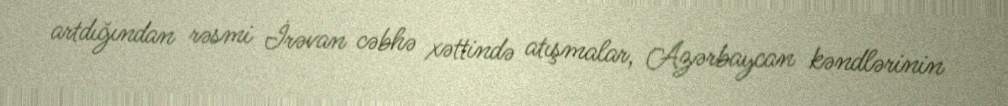
artdığından rəsmi İrəvan cəbhə xəttində atışmalar, Azərbaycan kəndlərinin